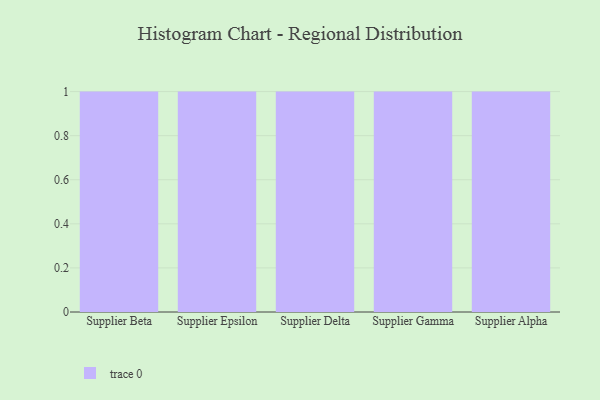
{"axis": {"x": "Supplier", "y": "Energy Usage (MWh)"}, "legend": [""], "data": [{"x": "Supplier Beta", "y": 15, "type": ""}, {"x": "Supplier Epsilon", "y": 85, "type": ""}, {"x": "Supplier Delta", "y": 41, "type": ""}, {"x": "Supplier Gamma", "y": 51, "type": ""}, {"x": "Supplier Alpha", "y": 3, "type": ""}]}